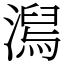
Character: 澙